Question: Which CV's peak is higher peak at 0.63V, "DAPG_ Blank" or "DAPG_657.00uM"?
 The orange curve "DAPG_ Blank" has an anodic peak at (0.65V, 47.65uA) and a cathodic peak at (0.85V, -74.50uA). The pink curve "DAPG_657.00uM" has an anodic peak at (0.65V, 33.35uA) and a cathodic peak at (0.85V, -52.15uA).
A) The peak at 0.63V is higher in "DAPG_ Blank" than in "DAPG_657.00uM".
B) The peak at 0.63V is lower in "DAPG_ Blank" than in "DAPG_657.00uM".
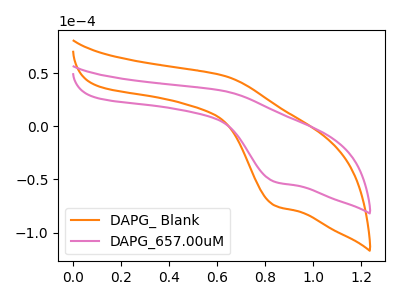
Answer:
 <answer>A) The peak at 0.63V is higher in "DAPG_ Blank" than in "DAPG_657.00uM".</answer>
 <eval>A</eval>